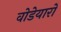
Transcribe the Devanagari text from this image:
वोडेयारों